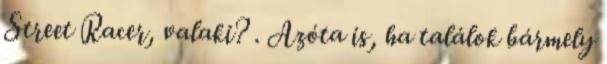
Street Racer, valaki? . Azóta is, ha találok bármely